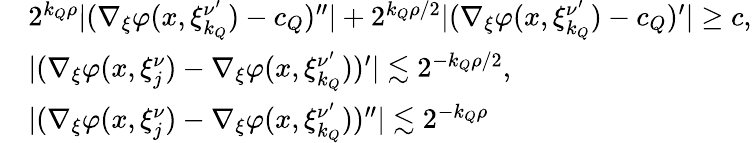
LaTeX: \begin{array}{rl}&{2^{{k_{Q}}\rho}|(\nabla_{\xi}\varphi(x,\xi_{k_{Q}}^{\nu^{\prime}})-c_{Q})^{\prime\prime}|+2^{{k_{Q}}\rho/2}|(\nabla_{\xi}\varphi(x,\xi_{k_{Q}}^{\nu^{\prime}})-c_{Q})^{\prime}|\geq c,}\\ &{|(\nabla_{\xi}\varphi(x,\xi_{j}^{\nu})-\nabla_{\xi}\varphi(x,\xi_{k_{Q}}^{\nu^{\prime}}))^{\prime}|\lesssim{2^{-{k_{Q}}\rho/2}},}\\ &{|(\nabla_{\xi}\varphi(x,\xi_{j}^{\nu})-\nabla_{\xi}\varphi(x,\xi_{k_{Q}}^{\nu^{\prime}}))^{\prime\prime}|\lesssim{2^{-{k_{Q}}\rho}}}\end{array}